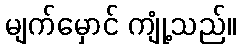
မျက်မှောင် ကျုံ့သည်။